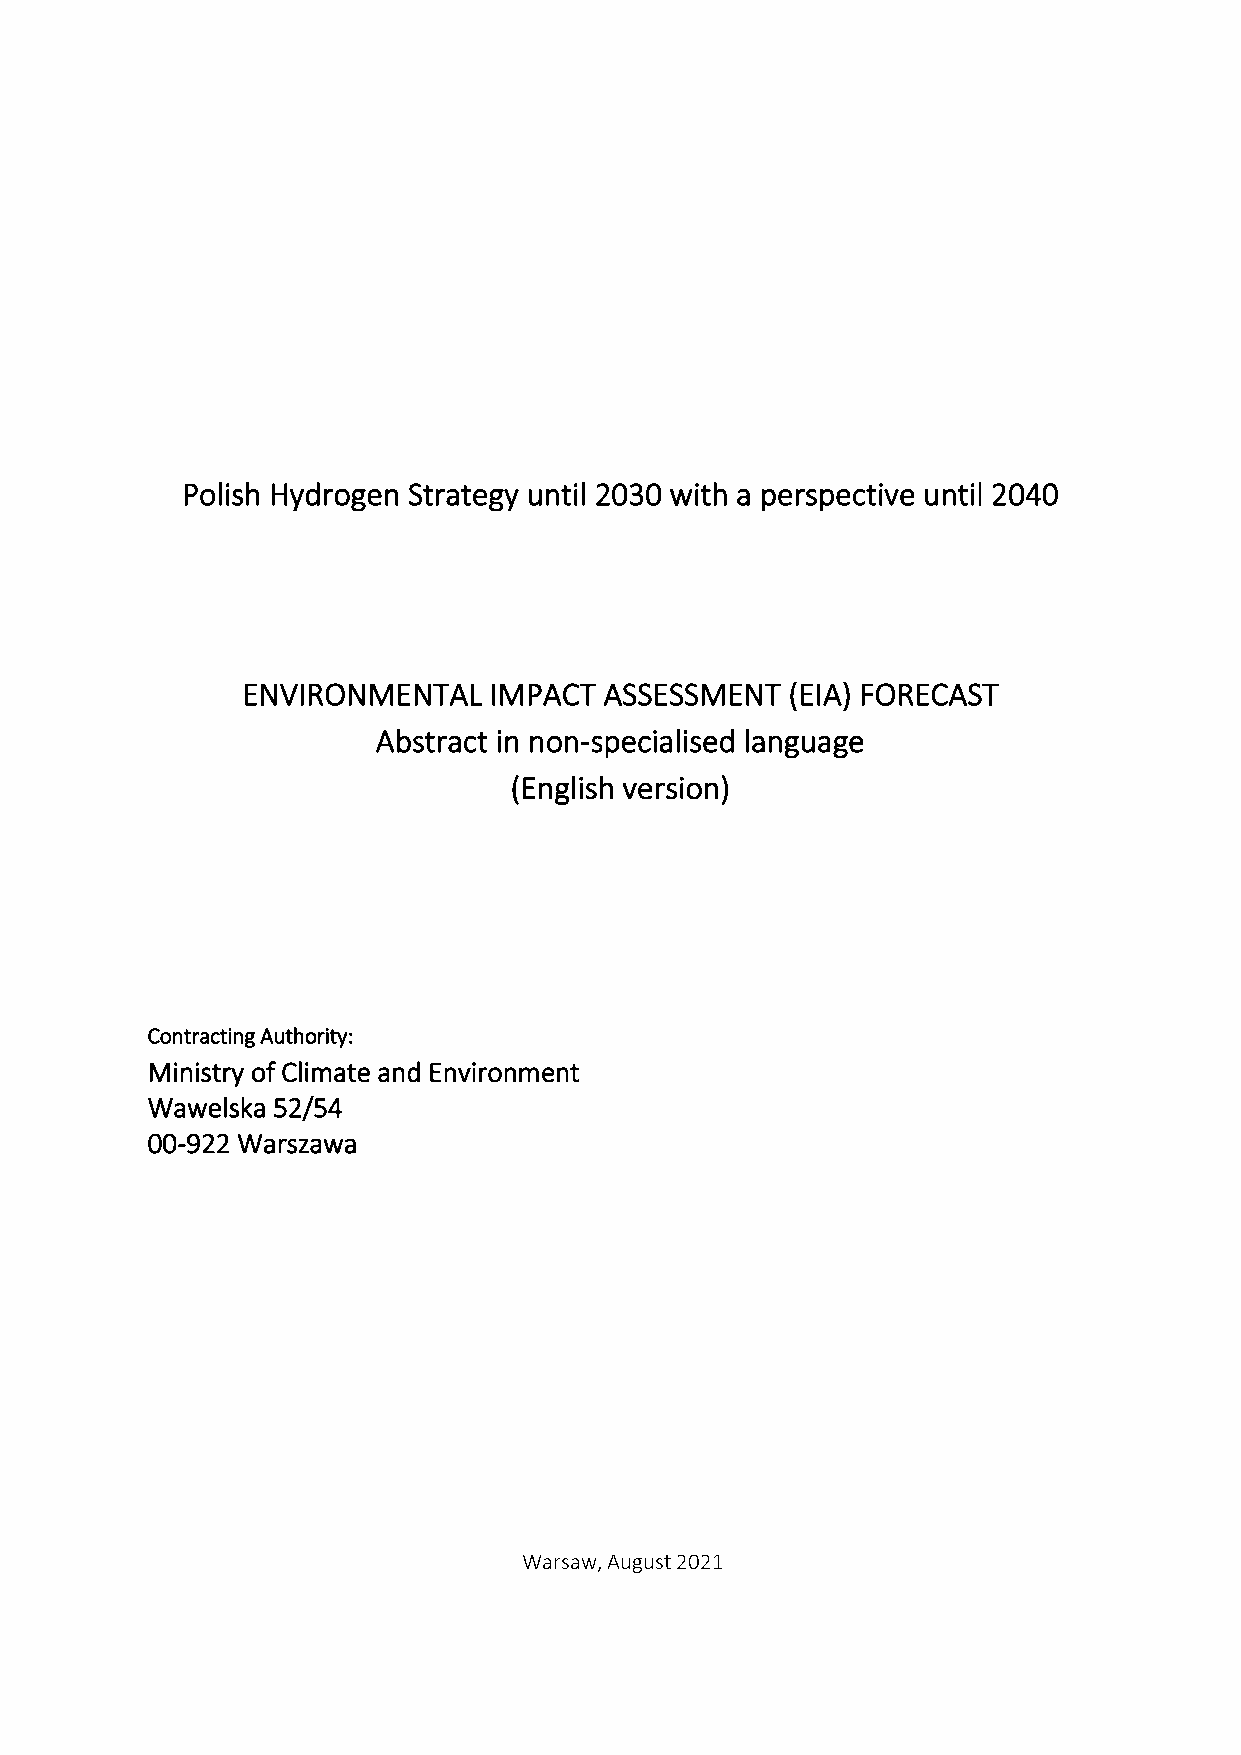
Polish Hydrogen Strategy until 2030 with a perspective until 2040
 ENVIRONMENTAL   IMPACT  ASSESSMENT  (EIA) FORECAST
 Abstract in non-specialised language
 (English version)
 Contracting Authority:
 Ministry of Climate and Environment
 Wawelska 52/54
 00-922 Warszawa
 Warsaw, August 2021